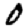
Digit: 0